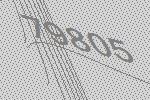
79805